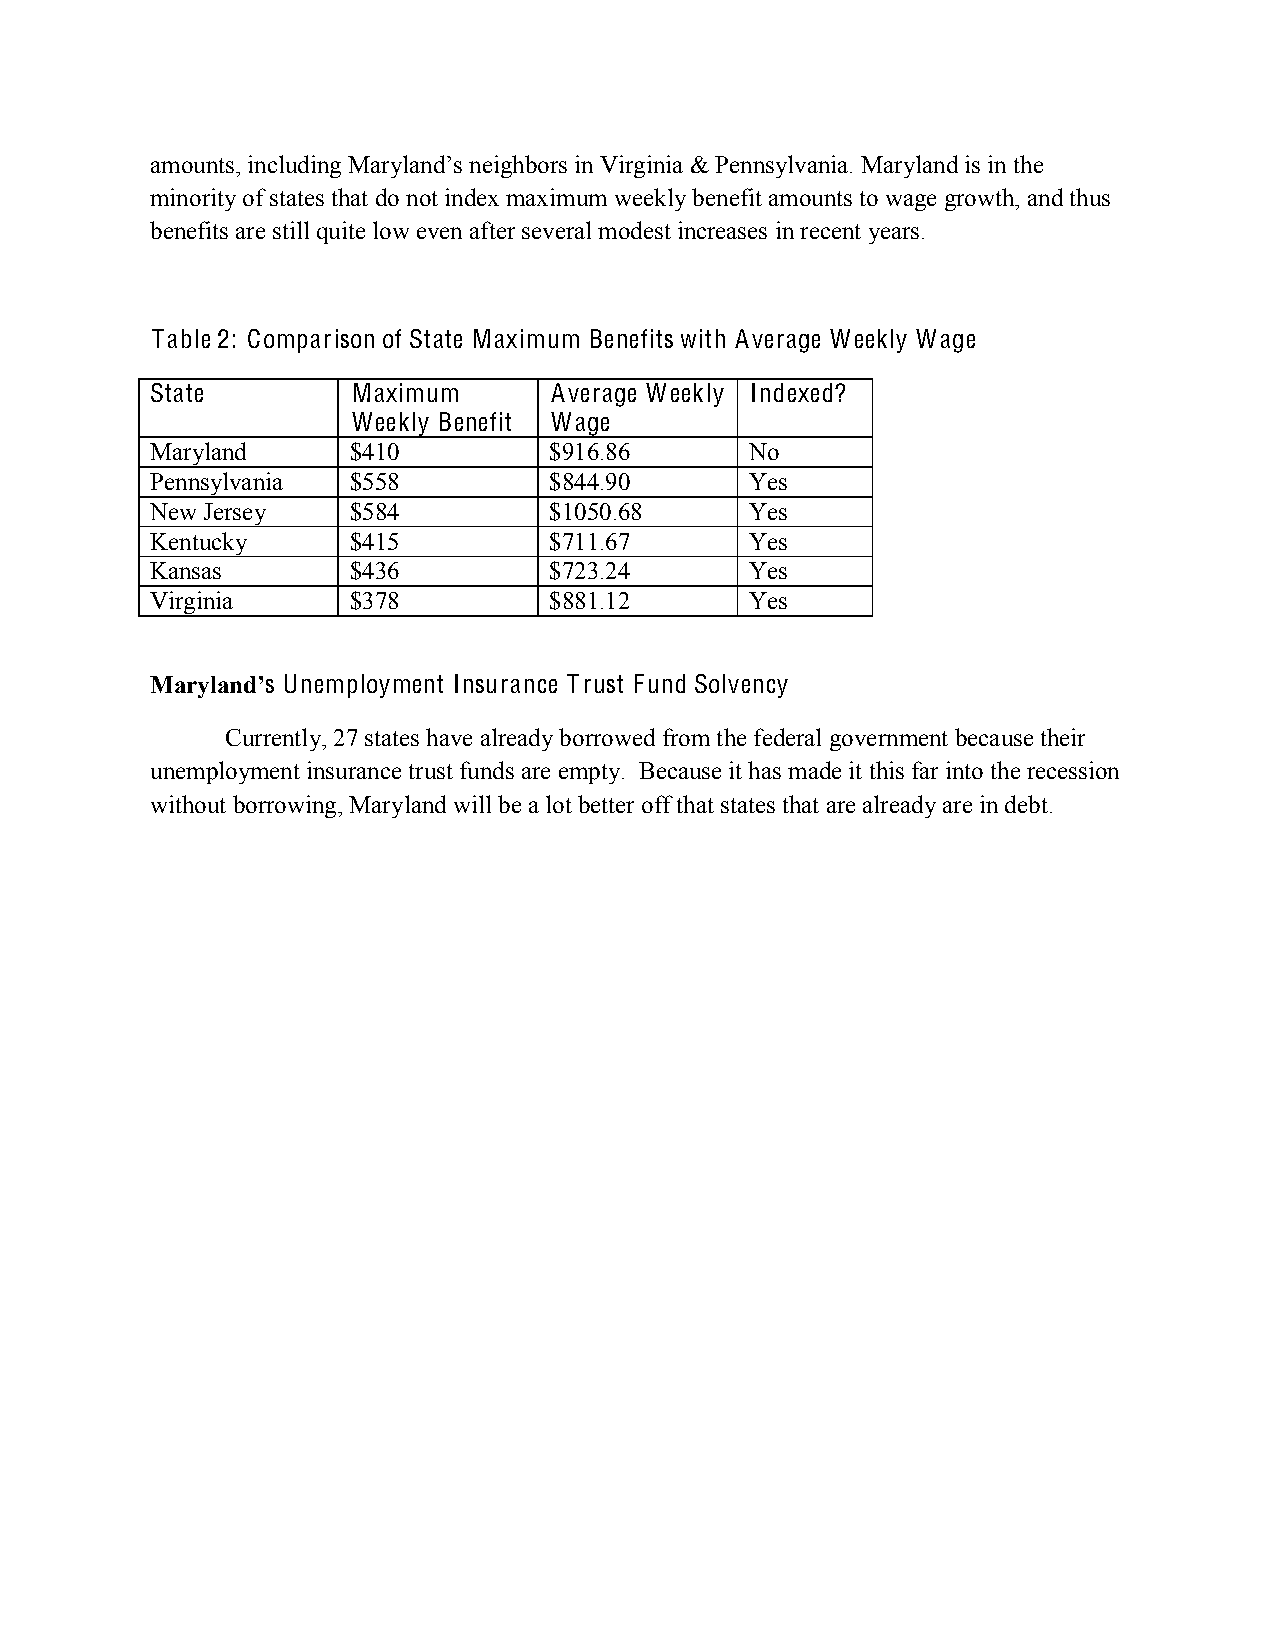
amounts, including Maryland’s neighbors in Virginia & Pennsylvania. Maryland is in the
 minority of states that do not index maximum weekly benefit amounts to wage growth, and thus
 benefits are still quite low even after several modest increases in recent years.
 Table 2: Comparison of State Maximum Benefits with Average Weekly Wage
 State        Maximum      Average Weekly Indexed?
 Weekly Benefit Wage
 Maryland     $410         $916.86       No
 Pennsylvania $558         $844.90       Yes
 New Jersey   $584         $1050.68      Yes
 Kentucky     $415         $711.67       Yes
 Kansas       $436         $723.24       Yes
 Virginia     $378         $881.12       Yes
 Maryland’s Unemployment Insurance Trust Fund Solvency
 Currently, 27 states have already borrowed from the federal government because their
 unemployment insurance trust funds are empty. Because it has made it this far into the recession
 without borrowing, Maryland will be a lot better off that states that are already are in debt.